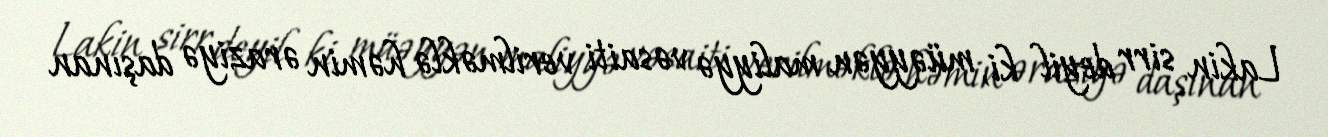
Lakin sirr deyil ki, müəyyən maliyyə vəsaiti verilməklə həmin əraziyə daşınan